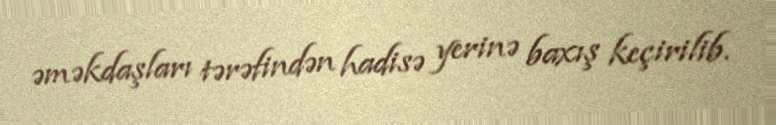
əməkdaşları tərəfindən hadisə yerinə baxış keçirilib.